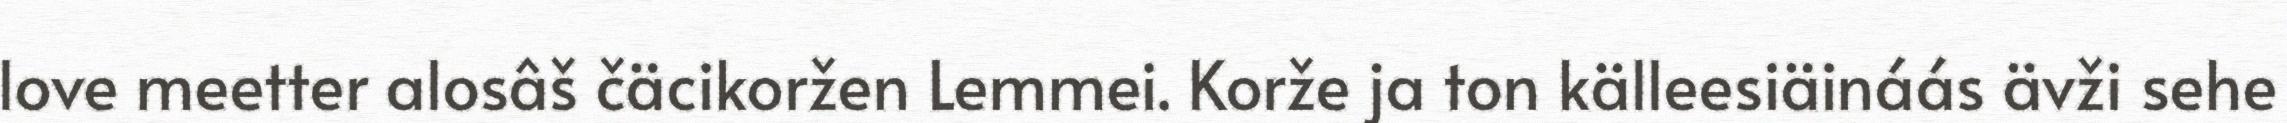
love meetter alosâš čäcikoržen Lemmei. Korže ja ton källeesiäináás ävži sehe